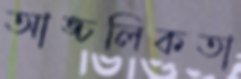
আঙ্চলিকতা